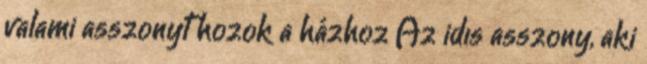
valami asszonyt hozok a házhoz Az idıs asszony, aki